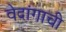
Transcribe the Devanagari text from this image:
वेदांगाची